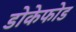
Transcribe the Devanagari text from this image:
डोकेफोड